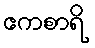
ဧကစာရိ